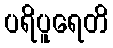
ပရိပူရေတိ